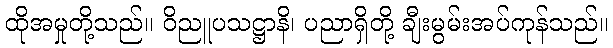
ထိုအမှုတို့သည်။ ဝိညူပသဋ္ဌာနိ၊ ပညာရှိတို့ ချီးမွမ်းအပ်ကုန်သည်။